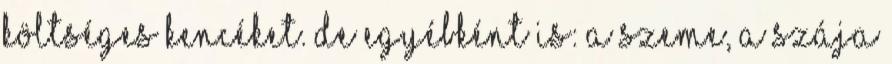
költséges kencéket. De egyébként is: a szeme, a szája